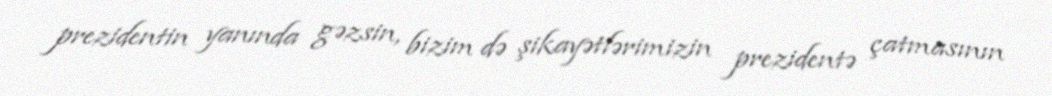
prezidentin yanında gəzsin, bizim də şikayətlərimizin prezidentə çatmasının